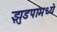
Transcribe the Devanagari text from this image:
झुडपांमध्ये